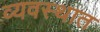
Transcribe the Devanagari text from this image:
व्यवस्थात